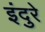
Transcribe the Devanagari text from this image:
इंदुरे